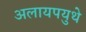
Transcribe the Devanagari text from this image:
अलायपयुथे